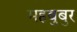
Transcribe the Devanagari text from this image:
महबुबुर